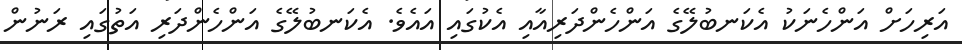
އަރިހަށް އަންހެނަކު އެކަނބުލޭގެ އަންހެންދަރިއާއި އެކުގައި އައެވެ. އެކަނބުލޭގެ އަންހެންދަރި އަތުގައި ރަނުން